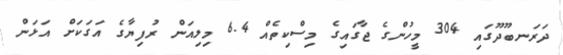
ދަރަނބޫދޫގައި 304 މީހުންގެ ޖާގައިގެ މިސްކިތެއް 6.4 މިލިއަން ރުފިޔާގެ އަގަކަށް އަޅަން